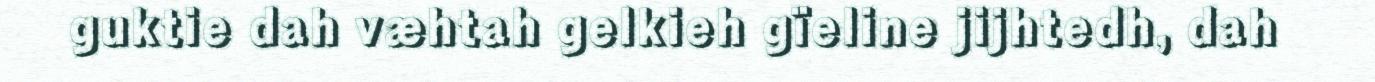
guktie dah væhtah gelkieh gïeline jijhtedh, dah